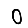
Digit: 0